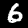
Label: 6